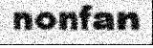
nonfan